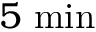
5 ~ \mathrm { m i n }